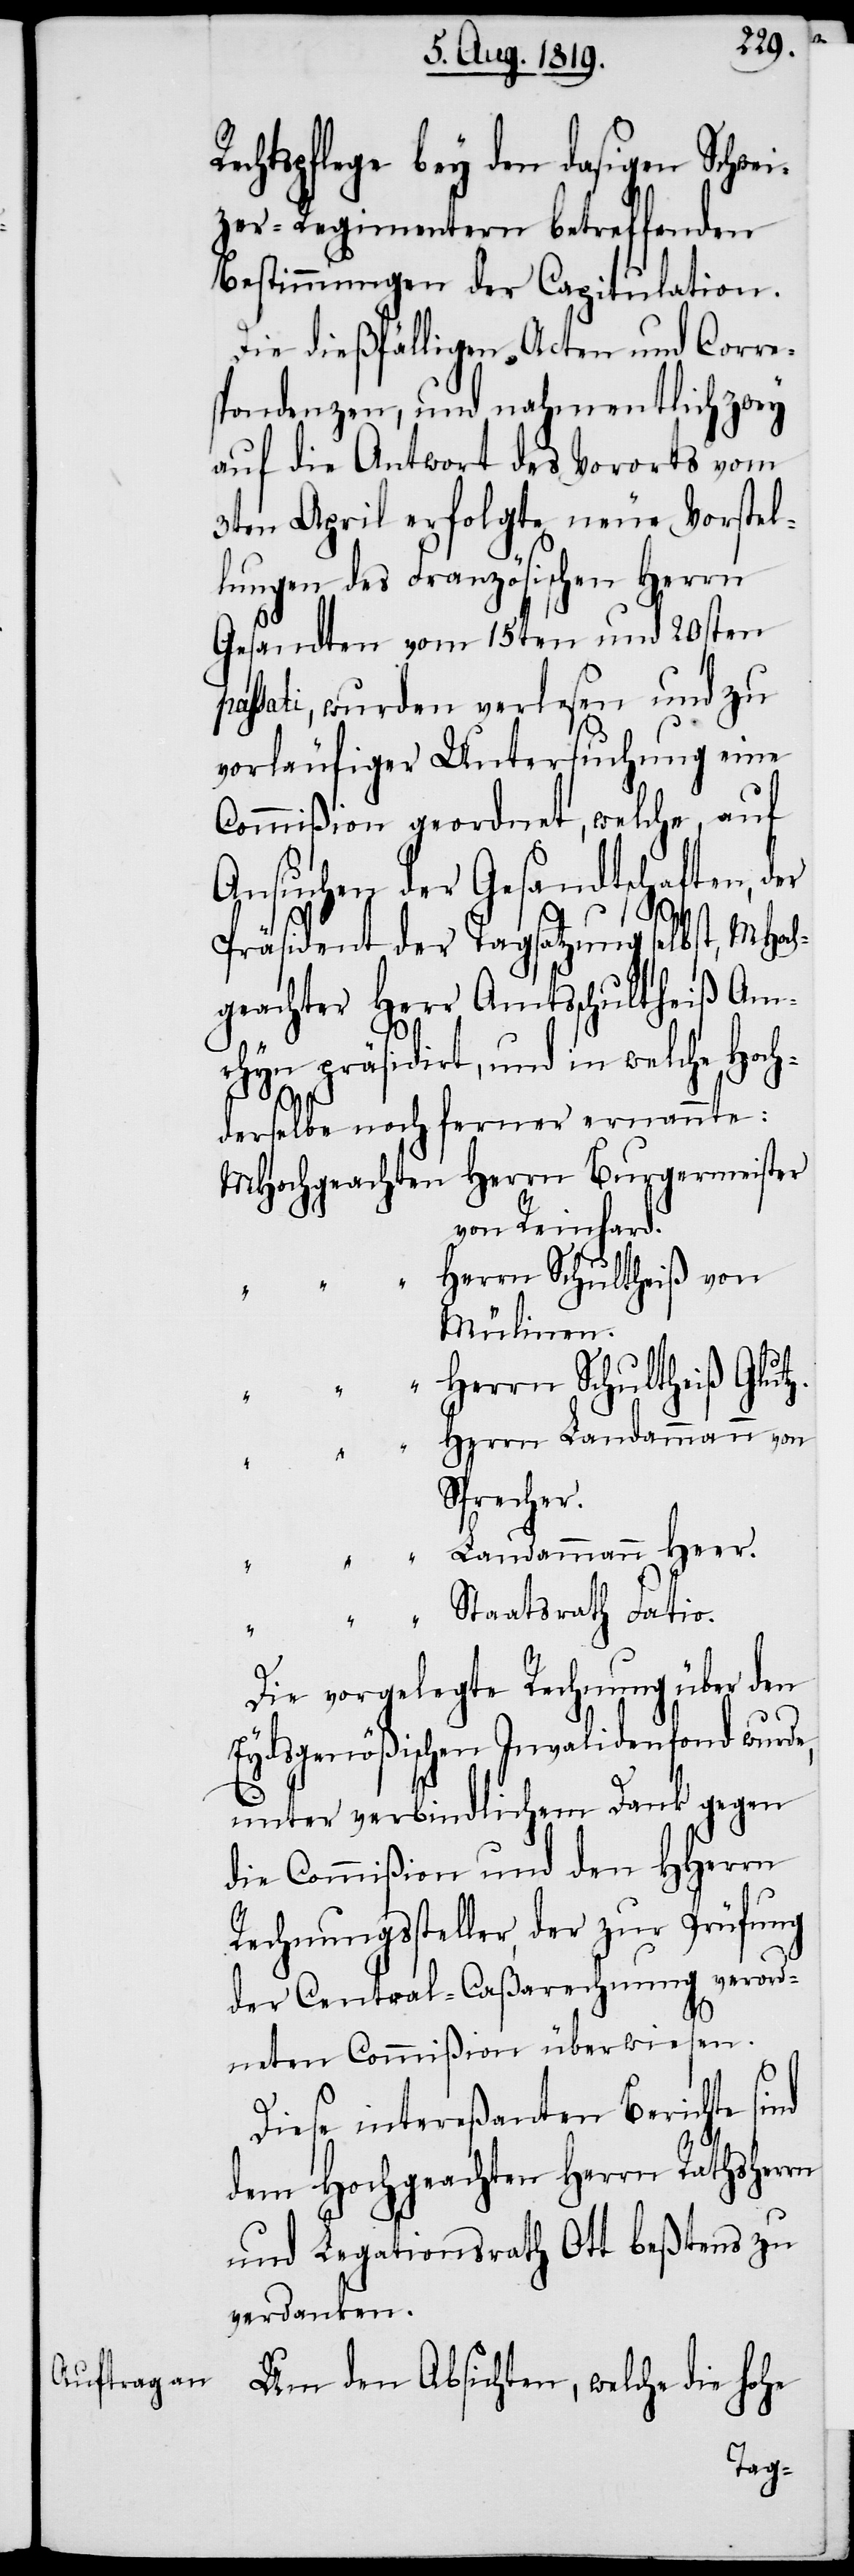
echtspflege bey den dasigen Schwei¬
zer-Regimentern betreffenden
Bestimmungen der Capitulation.
Die dießfälligen Acten und Corre¬
spondenzen, und nahmentlich zwey
auf die Antwort des Vororts vom
3ten April erfolgte neue Vorstel¬
lungen des Französischen Herrn
Gesandten vom 15ten und 20sten
assati, wurden verlesen und zu
vorläufiger Untersuchung eine
Commißion geordnet, welche, auf
Ansuchen der Gesandtschaften, der
Präsident der Tagsatzung selbst, MHoch¬
geachter Herr Amtsschultheiß Am¬
rhyn präsidirt, und in welche Hoch¬
derselbe noch ferner ernannte:
MHochgeachten Herrn Burgermeister
von Reinhard.
errn Schultheiß von
Mülinen.
"		Herrn Schultheiß Glutz.
Sprecher.
R¬
Die vorgelegte Rechnung über den
Eydsgenößischen Invalidenfond wurde,
p¬
unter verbindlichem Dank gegen
die Commißion und den HHerrn
Rechnungssteller, der zur Prüfung
der Central-Caßarechnung verord¬
neten Commißion überwiesen.
Diese intereßanten Berichte sind
dem Hochgeachten Herrn Rathsherrn
und Legationsrath Ott beßtens zu
verdanken.
Um den Absichten, welche die hohe

"		H¬